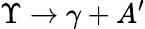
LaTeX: \Upsilon\rightarrow\gamma+A^{\prime}